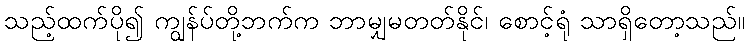
သည့်ထက်ပို၍ ကျွန်ပ်တို့ဘက်က ဘာမျှမတတ်နိုင်၊ စောင့်ရုံ သာရှိတော့သည်။